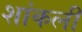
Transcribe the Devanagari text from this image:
शांकली